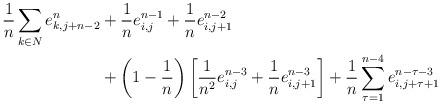
LaTeX: \begin{align*}\frac{1}{n}\sum_{k\in N}e_{k,j+n-2}^n&+\frac{1}{n}e^{n-1}_{i,j}+\frac{1}{n}e_{i,j+1}^{n-2} \\&+\left(1-\frac{1}{n}\right)\left[\frac{1}{n^2}e_{i,j}^{n-3}+\frac{1}{n}e_{i,j+1}^{n-3}\right]+\frac{1}{n}\sum_{\tau=1}^{n-4}e_{i,j+\tau+1}^{n-\tau-3}\end{align*}